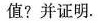
值?并证明.